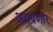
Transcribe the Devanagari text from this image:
अयपणार